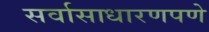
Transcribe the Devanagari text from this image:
सर्वासाधारणपणे